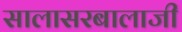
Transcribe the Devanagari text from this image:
सालासरबालाजी